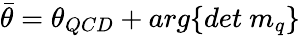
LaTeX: \bar{\theta}={\theta}_{QCD}+arg\{ det~m_{q}\} ~